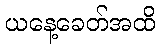
ယနေ့ခေတ်အထိ